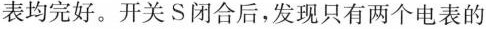
表均完好。开关S闭合后，发现只有两个电表的